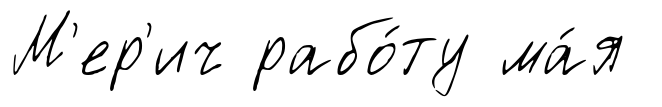
М'ер'ич рабо́ту ма́я